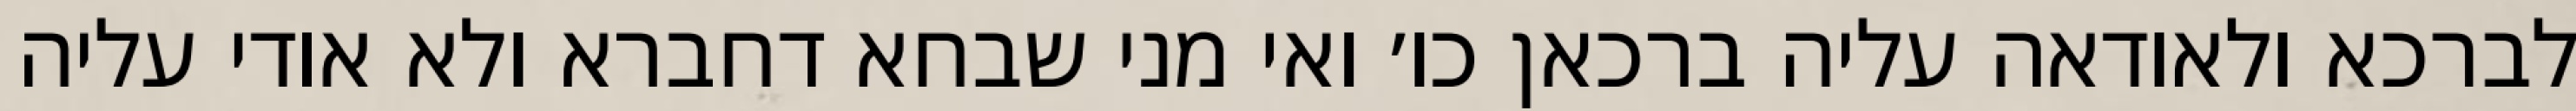
לברכא ולאודאה עליה ברכאן כו׳ ואי מני שבחא דחברא ולא אודי עליה